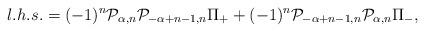
LaTeX: \begin{align*}l.h.s.= (-1)^n{\cal P}_{\alpha,n}{\cal P}_{-\alpha +n-1,n}\Pi_++(-1)^n{\cal P}_{-\alpha+n-1,n}{\cal P}_{\alpha,n}\Pi_-,\end{align*}